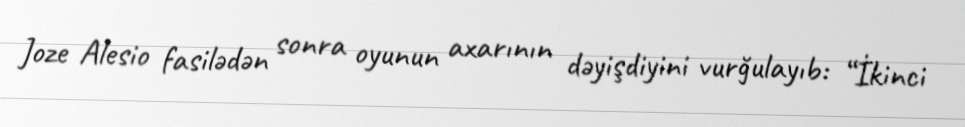
Joze Alesio fasilədən sonra oyunun axarının dəyişdiyini vurğulayıb: “İkinci